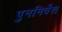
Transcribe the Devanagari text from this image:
पुननिर्वेश